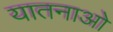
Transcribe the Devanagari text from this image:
यातनाओ